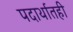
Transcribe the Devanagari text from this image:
पदार्थातही